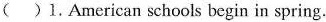
( )1.American schools begin in spring.